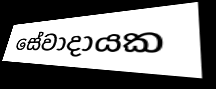
සේවාදායක